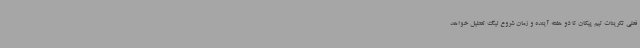
فعلی تکرینات تیم پیکان تا دو هفته آینده و زمان شروع لیگ تعطیل خواهد